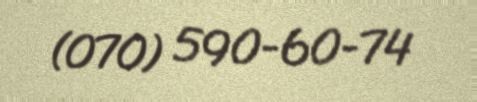
(070) 590-60-74